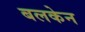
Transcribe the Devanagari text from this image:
बलकेन